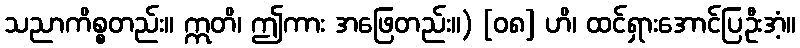
သညာကိစ္စတည်း။ ဣတိ၊ ဤကား အဖြေတည်း။) [၀၈] ဟိ၊ ထင်ရှားအောင်ပြဦးအံ့။